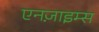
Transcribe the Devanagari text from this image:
एनज़ाइम्स